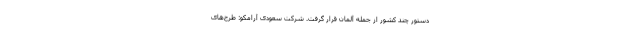
دستور چند کشور از جمله آلمان قرار گرفت. شرکت سعودی آرامکو: طرح‌های